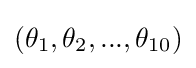
(\theta _{1},\theta _{2},...,\theta _{10})